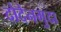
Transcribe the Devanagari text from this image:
दोदेनगुदा